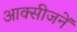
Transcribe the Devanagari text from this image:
आक्सीजनें